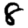
Digit: 8